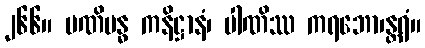
၂၆၆။ မဏိဗန္ဓ ကနိဋ္ဌာနံ၊ ပါဏိဿ ကရဘော၊န္တရံ။